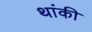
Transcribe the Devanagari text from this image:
थांकी